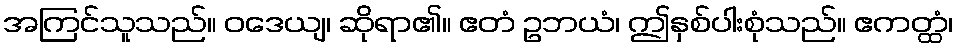
အကြင်သူသည်။ ဝဒေယျ၊ ဆိုရာ၏။ ဧတံ ဥဘယံ၊ ဤနှစ်ပါးစုံသည်။ ဧကတ္ထံ၊